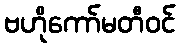
ဗဟိုကော်မတီဝင်